Indian journal of veterinary science and animal husbandry - Volumes 22-23, 1952-1953
Year: 1952
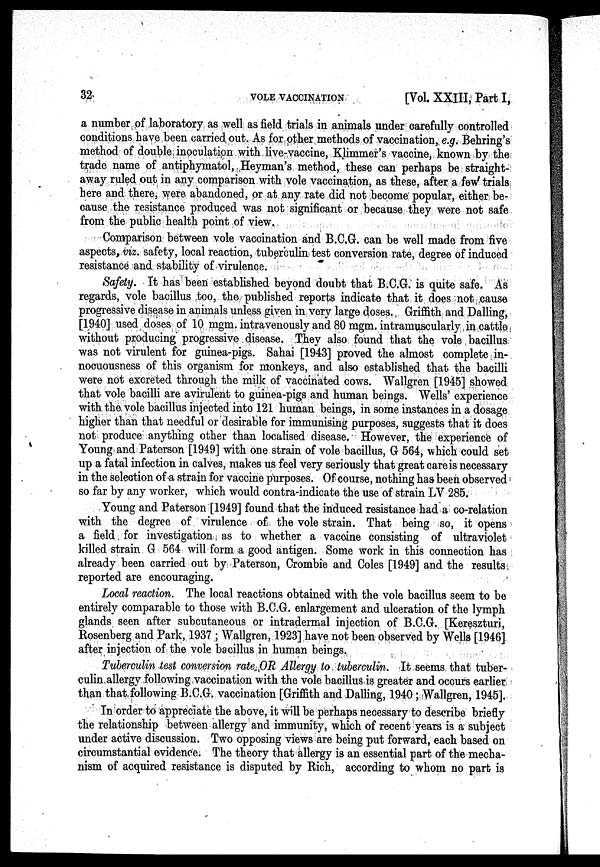
32
VOLE
VACCINATION
[Vol. XXIII, Part I,
a number of laboratory as well as field trials in animals under carefully controlled
conditions have been carried out. As for other methods of vaccination, e.g. Behring's
method of double inoculation with live-vaccine, Klimmer's vaccine, known by the.
trade name of antiphymatol, Heyman's method, these can perhaps be straight-
away ruled out in any comparison with vole vaccination, as these, after a few trials
here and there, were abandoned, or at any rate did not become popular, either be-
cause the resistance produced was not significant or because they were not safe
from the public health point of view.
Comparison between vole vaccination and B.C.G. can be well made from five
aspects, viz. safety, local reaction, tuberculin test conversion rate, degree of induced
resistance and stability of virulence.
Safety. It has been established beyond doubt that B.C.G. is quite safe. As
regards, vole bacillus too, the published reports indicate that it does not cause
progressive disease in animals unless given in very large doses. Griffith and Dalling,
[1940] used doses of 10 mgm intravenously and 80 mgm. intramuscularly in cattle
without producing progressive disease. They also found that the vole bacillus
was not virulent for guinea-pigs. Sahai [1943] proved the almost complete in-
nocuousness of this organism for monkeys, and also established that the bacilli
were not excreted through the milk of vaccinated cows. Wallgren [1945] showed
that vole bacilli are avirulent to guinea-pigs and human beings. Wells' experience
with the vole bacillus injected into 121 human beings, in some instances in a dosage
higher than that needful or desirable for immunising purposes, suggests that it does
not produce anything other than localised disease. However, the experience of
Young and Paterson [1949] with one strain of vole bacillus, G 564, which could set
up a fatal infection in calves, makes us feel very seriously that great care is necessary
in the selection of a strain for vaccine purposes. Of course, nothing has been observed
so far by any worker, which would contra-indicate the use of strain LV 285.
Young and Paterson [1949] found that the induced resistance had a co-relation
with the degree of virulence of the vole strain. That being so, it opens
a field for investigation as to whether a vaccine consisting of ultraviolet
killed strain G 564 will form a good antigen. Some work in this connection has
already been carried out by Paterson, Crombie and Coles [1949] and the results
reported are encouraging.
Local reaction. The local reactions obtained with the vole bacillus seem to be
entirely comparable to those with B.C.G. enlargement and ulceration of the lymph
glands seen after subcutaneous or intradermal injection of B.C.G. [Kereszturi,
Rosenberg and Park, 1937; Wallgren, 1923] have not been observed by Wells [1946]
after injection of the vole bacillus in human beings.
Tuberculin test conversion rate OR Allergy to tuberculin. It seems that tuber-
culin allergy following vaccination with the vole bacillus is greater and occurs earlier
than that following B.C.G. vaccination [Griffith and Dalling, 1940; Wallgren, 1945].
In order to appreciate the above, it will be perhaps necessary to describe briefly
the relationship between allergy and immunity, which of recent years is a subject
under active discussion. Two opposing views are being put forward, each based on
circumstantial evidence. The theory that allergy is an essential part of the mecha-
nism of acquired resistance is disputed by Rich, according to whom no part is